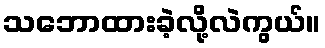
သဘောထားခဲ့လို့လဲကွယ်။